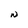
Character: N